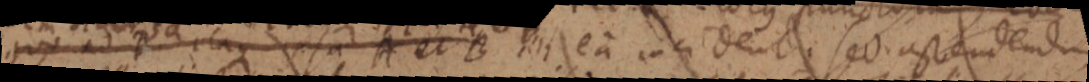
quo ad itaque ipsa A et B ea incident. sed ostendendum